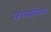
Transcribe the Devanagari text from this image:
कलासंगम